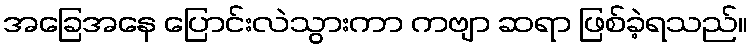
အခြေအနေ ပြောင်းလဲသွားကာ ကဗျာ ဆရာ ဖြစ်ခဲ့ရသည်။